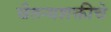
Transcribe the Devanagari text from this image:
चैतन्यशक्तीचे